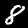
Digit: 8